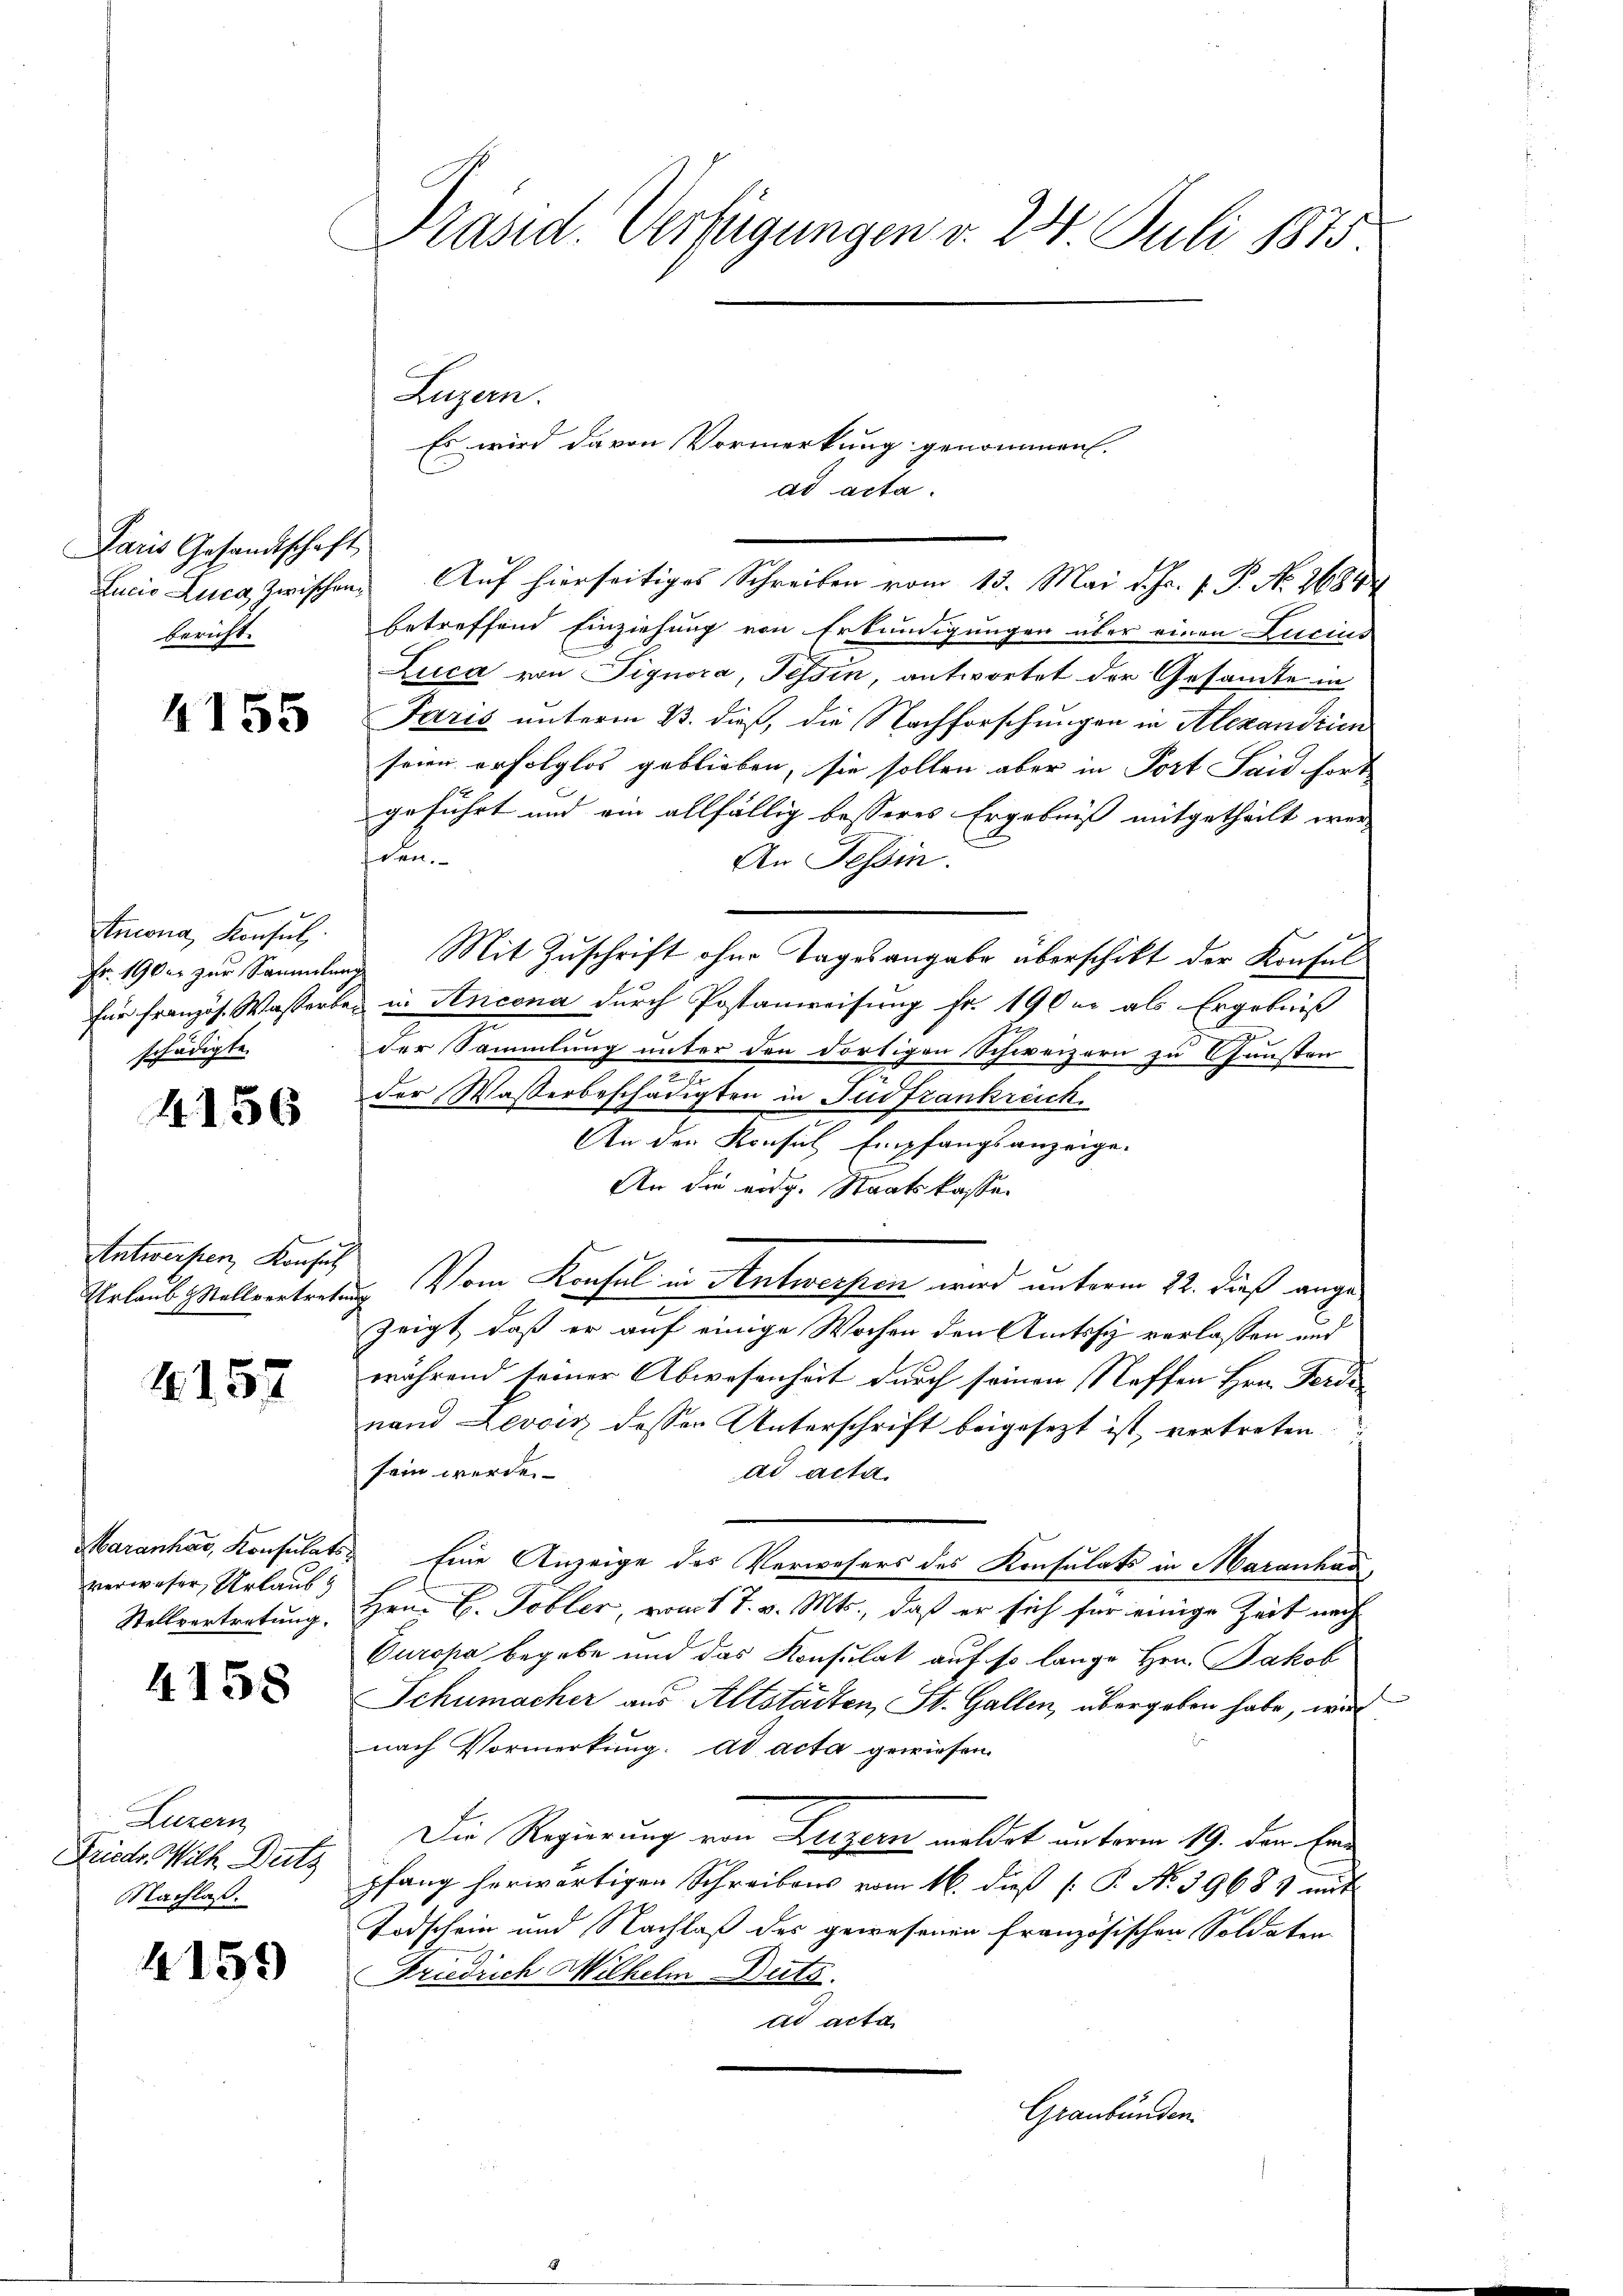
Paris Gesandtschaft
bericht.

4155

Stmona, Konsul
schädigte.

4156

Antworfen, Konsul

4157

verweser, Urlaub

4158

Luzern
Friedr. Wilk Dutz
Nachlaß.

4159

Präsid. Verfügungen v. 24. Juli 1875

Luzern.
Es wird davon Vormerkung genommen.
ad acta.
Lucio Luca, zwischen Auf hierseitiges Schreiben vom 13. Mai d. Js. v. P. No. 26844
betreffend Einziehung von Erkundigungen über einen Lucius
Luca von Pignora, Tessin, antwortet der Gesandte in
Faris unterm 23. dieß, die Nachforschungen in Alexandrien
seien erfolglos geblieben, sie sollen aber in Fort Said hort
geführt und ein allfällig besseres Ergebniß mitgetheilt werscen
An Tessin.
Fr. 190 u. zur Sammlung Mit Zuschrift ohne Tagesangabe überschikt der Konsul
für Französ. Wasserber in Ancona durch Postanweisung fr. 190 u. als Ergebniß
g
der Sammlung unter den dortigen Schweizern zu Gunsten
n
der Wasserbeschädigten in Fudfrankreich.
An der Konsul Empfangsanzeige.

An die eidg. Staatskassen
Urlaub stellvertreten Vom Konsul in Antwerpen wird unterm 22. dieß angezeigt, daß er auf einige Wochen den Amtssch verlassen und
während seiner Abwesenheit durch seinen Neffen Hrn. Ferdi
nand Levoir dessen Unterschrift beigesezt ist, vertreten
sein werde.
ad acta.
Maranhar, Konsulats Eine Anzeige des Verwesers des Konsulats in Maranhau
Stellvertretung, Hrn. G. Tobler, vom 7. v. Mts., daß er sich für einige Zeit nach
Europa begebe und das Konsulat auf so lange Hrn. Jakob
Schumacher aus Altstädten, St. Gallen, übergeben habe, wird
nach Vormerkung. ad acta gewiesen.
Die Regierung von Luzern mildet unterm 19. den Erpfang herwärtigen Schreibens vom 16. dieß P. No. 39685 mit
Todschein und Nachlaß des gewesenen französischen Soldaten
e
Friedrich Wilhelm Duts.
ad acta
Graubünden.